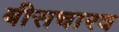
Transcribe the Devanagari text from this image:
बीसचारव